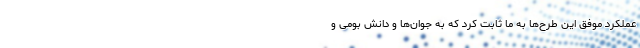
عملکرد موفق این طرح‌ها به ما ثابت کرد که به جوان‌ها و دانش بومی و